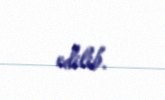
edilib.